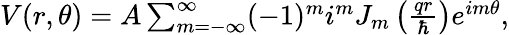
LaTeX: \begin{array}{r}{V(r,\theta)=A\sum_{m=-\infty}^{\infty}(-1)^{m}i^{m}J_{m}\left(\frac{qr}{\hbar}\right)e^{im\theta},}\end{array}